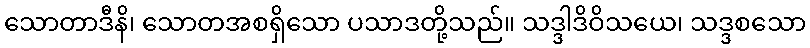
သောတာဒီနိ၊ သောတအစရှိသော ပသာဒတို့သည်။ သဒ္ဒါဒိဝိသယေ၊ သဒ္ဒစသော